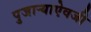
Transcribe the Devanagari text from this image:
पुजाऱ्याऐवजी